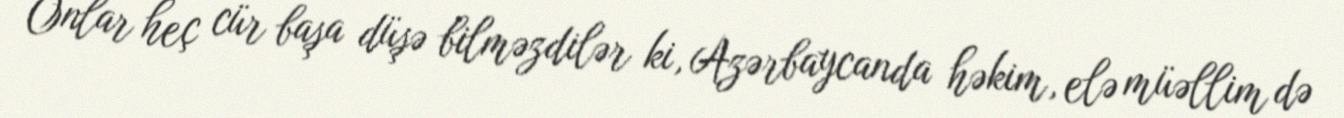
Onlar heç cür başa düşə bilməzdilər ki, Azərbaycanda həkim, elə müəllim də